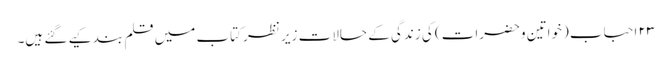
۲۳ احباب (خواتین وحضرات) کی زندگی کے حالات زیر نظر کتاب میں قلم بند کیے گئے ہیں۔